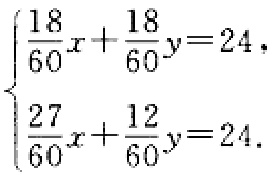
\(\begin{cases}
\frac{18}{60}x+\frac{18}{60}y = 24,\\
\frac{27}{60}x+\frac{12}{60}y = 24.
\end{cases}\)